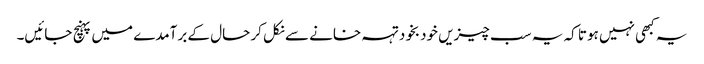
یہ کبھی نہیں ہوتا کہ یہ سب چیزیں خودبخود تہہ خانے سے نکل کر حال کے برآمدے میں پہنچ جائیں۔